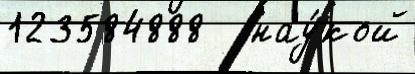
123584888   нау́кой